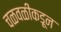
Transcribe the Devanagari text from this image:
चळवळीकडून